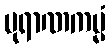
ပုရာဏကမ္မံ